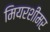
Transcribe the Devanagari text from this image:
मियरशीमर